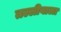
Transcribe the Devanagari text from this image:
तल्लीवाला